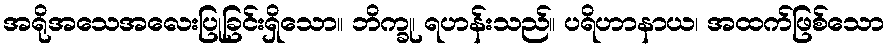
အရိုအသေအလေးပြုခြင်းရှိသော။ ဘိက္ခု၊ ရဟန်းသည်။ ပရိဟာနာယ၊ အထက်ဖြစ်သော